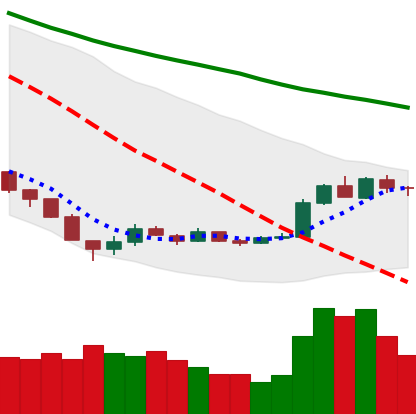
Ticker: EOS-USD
Chart end date: 2018-12-22
Forward return: -11.348%
Label: down_7plus